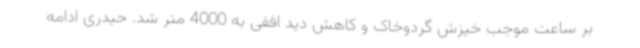
بر ساعت موجب خیزش گردوخاک و کاهش دید افقی به 4000 متر شد. حیدری ادامه